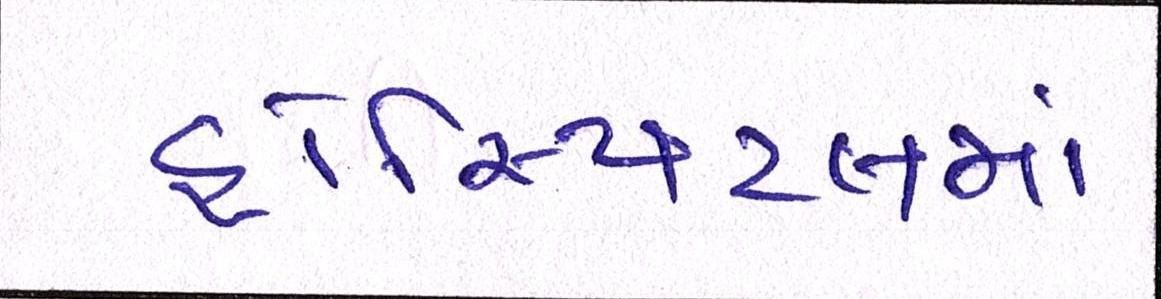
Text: હોસ્પિટલમાં